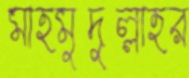
মাহমুদুল্লাহর